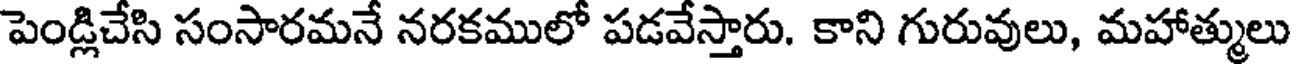
పెండ్లిచేసి సంసారమనే నరకములో పడవేస్తారు. కాని గురువులు, మహాత్ములు